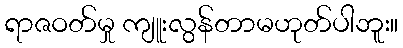
ရာဇဝတ်မှု ကျူးလွန်တာမဟုတ်ပါဘူး။